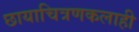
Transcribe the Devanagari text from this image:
छायाचित्रणकलाही